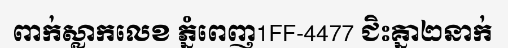
ពាក់ស្លាកលេខ ភ្នំពេញ1FF-4477 ជិះគ្នា២នាក់